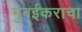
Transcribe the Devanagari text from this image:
मुंबईकराचा